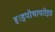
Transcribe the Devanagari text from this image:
हाइपोथायरोइड